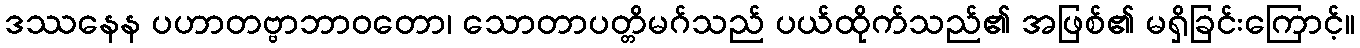
ဒဿနေန ပဟာတဗ္ဗာဘာဝတော၊ သောတာပတ္တိမဂ်သည် ပယ်ထိုက်သည်၏ အဖြစ်၏ မရှိခြင်းကြောင့်။